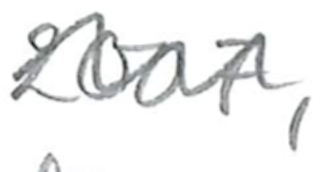
Text: 2007,
Cross-out: wave
Writing tool: pencil